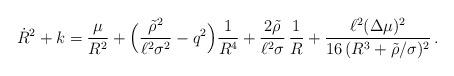
LaTeX: \begin{align*}\dot{R}^2+k=\frac{\mu}{R^2} + \Bigl(\frac{\tilde{\rho}^2}{\ell^2 \sigma^2}-q^2\Bigr)\frac{1}{R^4}+ \frac{2\tilde{\rho}}{\ell^2\sigma}\,\frac{1}{R}+\frac{\ell^2(\Delta\mu)^2}{16\,(R^3 +\tilde{\rho}/\sigma)^2}\,.\end{align*}